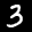
Label: 3